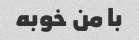
با من خوبه